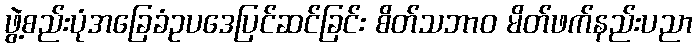
ဖွဲ့စည်းပုံအခြေခံဥပဒေပြင်ဆင်ခြင်း စိတ်သဘာဝ မိတ်ဖက်နည်းပညာ